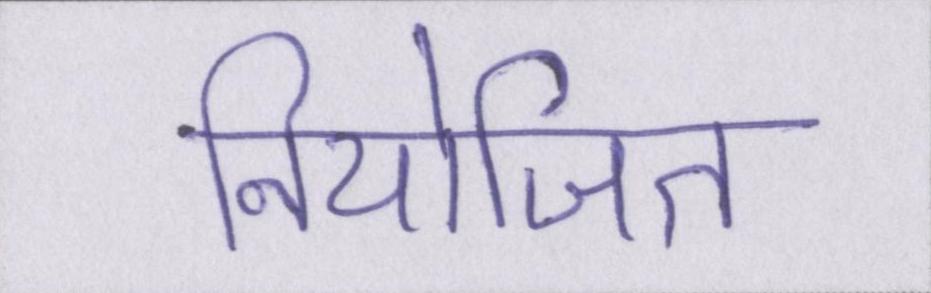
नियोजित